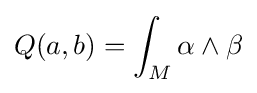
Q(a,b)=\int _{M}\alpha \wedge \beta